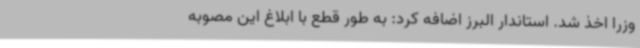
وزرا اخذ شد. استاندار البرز اضافه کرد: به طور قطع با ابلاغ این مصوبه